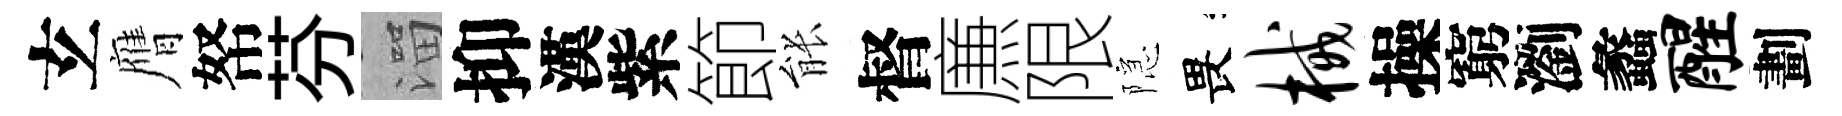
𤣥膺帑芬溜抑漢紫節䏻督㢘限隠畏械操窮瀏蠡醒劃